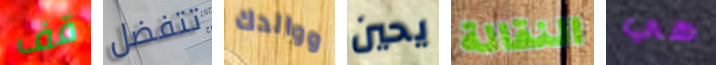
قف تتفضل ووالدك يحين النقالة هي